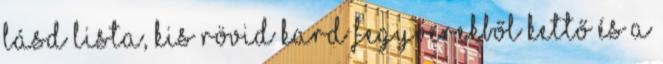
lásd lista, kis rövid kard fegyverekből kettő és a